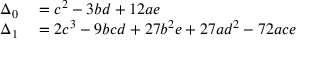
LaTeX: \begin{array} { r l } { \Delta _ { 0 } } & { { } = c ^ { 2 } - 3 b d + 1 2 a e } \\ { \Delta _ { 1 } } & { { } = 2 c ^ { 3 } - 9 b c d + 2 7 b ^ { 2 } e + 2 7 a d ^ { 2 } - 7 2 a c e } \end{array}